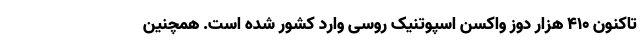
تاکنون ۴۱۰ هزار دوز واکسن اسپوتنیک روسی وارد کشور شده است. همچنین